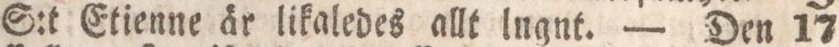
S:t Etienne är likaledes allt lngnt. — Den 17